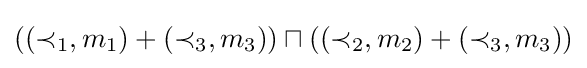
((\prec _{1},m_{1})+(\prec _{3},m_{3}))\sqcap ((\prec _{2},m_{2})+(\prec _{3},m_{3}))